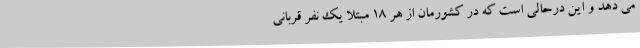
می دهد و این درحالی است که در کشورمان از هر 18 مبتلا یک نفر قربانی